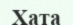
Хата